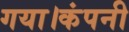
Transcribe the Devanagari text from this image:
गया।कंपनी